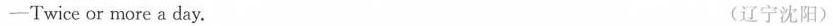
-Twice or more a day. (辽宁沈阳)